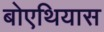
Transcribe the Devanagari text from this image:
बोएथियास